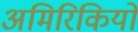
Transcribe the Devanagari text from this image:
अमिरिकियों